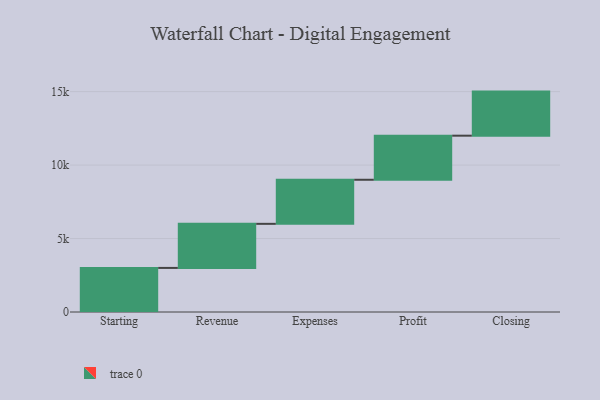
{"axis": {"x": "Step", "y": "Value"}, "legend": [""], "data": [{"x": "Starting", "y": 3000, "type": ""}, {"x": "Revenue", "y": 3000, "type": ""}, {"x": "Expenses", "y": 3000, "type": ""}, {"x": "Profit", "y": 3000, "type": ""}, {"x": "Closing", "y": 3000, "type": ""}]}